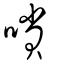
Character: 嗩